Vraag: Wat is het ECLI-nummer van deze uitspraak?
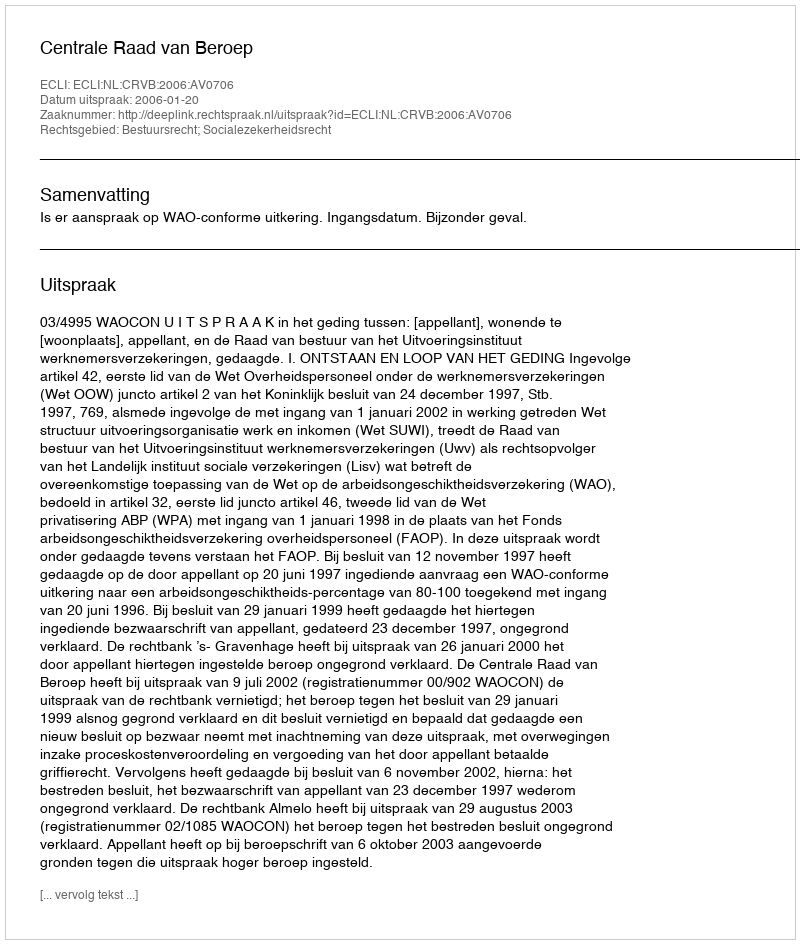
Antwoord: ECLI:NL:CRVB:2006:AV0706